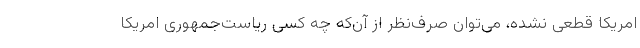
امریکا قطعی نشده، می‌توان صرف‌نظر از آن‌که چه کسی ریاست‌جمهوری امریکا